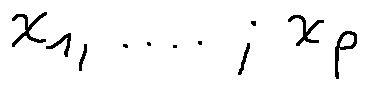
X _ { 1 } , \ldots , X _ { p }